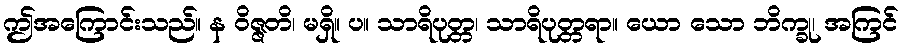
ဤအကြောင်းသည်။ န ဝိဇ္ဇတိ၊ မရှိ။ ပ။ သာရိပုတ္တ၊ သာရိပုတ္တရာ။ ယော သော ဘိက္ခု၊ အကြင်